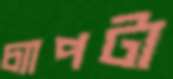
চ্যাপটা